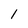
Character: 1